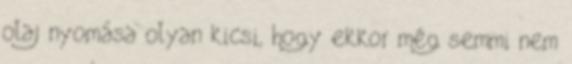
olaj nyomása olyan kicsi, hogy ekkor még semmi nem